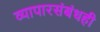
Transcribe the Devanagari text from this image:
व्यापारसंबंधही